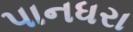
પાનધરા